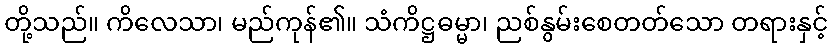
တို့သည်။ ကိလေသာ၊ မည်ကုန်၏။ သံကိဋ္ဌဓမ္မာ၊ ညစ်နွမ်းစေတတ်သော တရားနှင့်